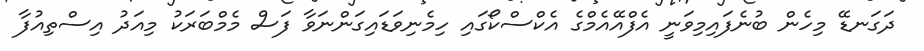
ދަގަނޑޭ މިހެން ބުނެފައިމިވަނީ އެފްއޭއެމްގެ އެކްސްކޯގައި ހިމެނިވަޑައިގަންނަވާ ފަސް މެމްބަރަކު މިއަދު އިސްތިއުފާ